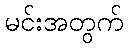
မင်းအတွက်